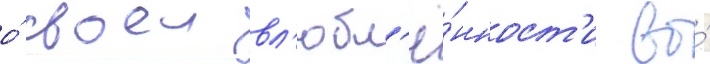
о́ своеи вл'юбл'ё́нност'и во́